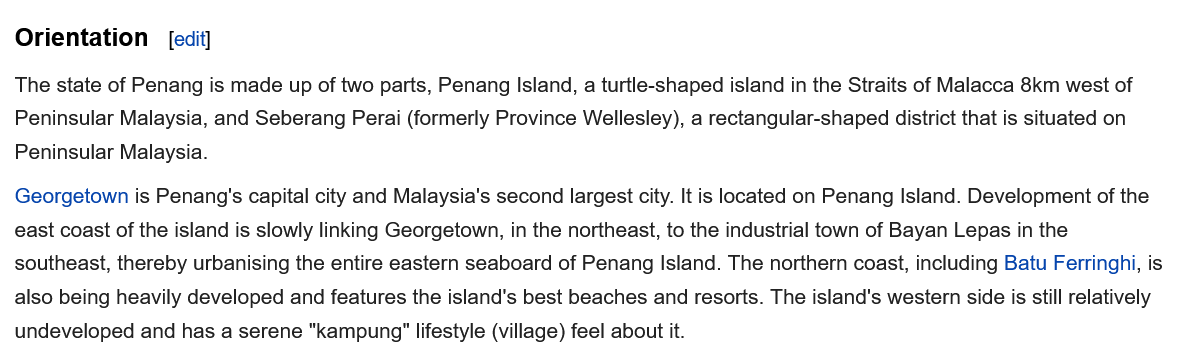
Orientation    [edit]
  The state of Penang is made up of two parts, Penang Island, a turtle-shaped island in the Straits of Malacca 8km west of
  Peninsular Malaysia, and Seberang Perai (formerly Province Wellesley), a rectangular-shaped district that is situated on
  Peninsular Malaysia.
  Georgetown is Penang's capital city and Malaysia's second largest city. It is located on Penang Island. Development of the
  east coast of the island is slowly linking Georgetown, in the northeast, to the industrial town of Bayan Lepas in the
  southeast, thereby urbanising the entire eastern seaboard of Penang Island. The northern coast, including Batu Ferringhi, is
  also being heavily developed and features the island's best beaches and resorts. The island's western side is still relatively
  undeveloped and has a serene "kampung" lifestyle (village) feel about it.